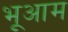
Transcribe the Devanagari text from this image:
भूआम